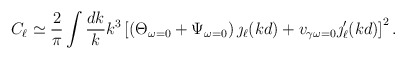
\begin{align*}C_{\ell}\simeq\frac{2}{\pi}\int\frac{dk}{k}k^3\left[\left(\Theta_{\omega=0}+\Psi_{\omega=0}\right)\jmath_{\ell}(kd)+v_{\gamma\omega=0}\jmath '_{\ell}(kd)\right]^2 .\end{align*}